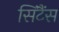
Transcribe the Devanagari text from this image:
सिंटैंस